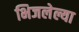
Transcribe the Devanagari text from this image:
भिजलेल्या